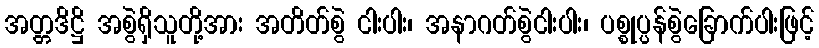
အတ္တဒိဋ္ဌိ အစွဲရှိသူတို့အား အတိတ်စွဲ ငါးပါး၊ အနာဂတ်စွဲငါးပါး၊ ပစ္စုပ္ပန်စွဲခြောက်ပါးဖြင့်